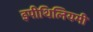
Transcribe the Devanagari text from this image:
इपीथिलियमी